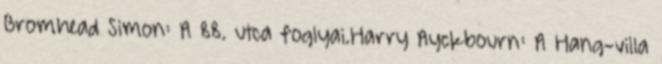
Bromhead Simon: A 88. utca foglyai.Harry Ayckbourn: A Hang-villa